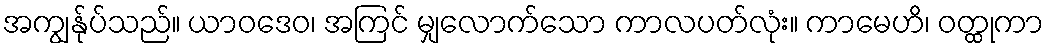
အကျွန်ုပ်သည်။ ယာဝဒေဝ၊ အကြင် မျှလောက်သော ကာလပတ်လုံး။ ကာမေဟိ၊ ဝတ္ထုကာ